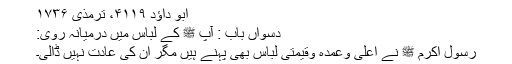
ابو داؤد ۴۱۱۹، ترمذی ۱۷۳۶
دسواں باب : آپ ﷺ کے لباس میں درمیانہ روی:
رسول اکرم ﷺ نے اعلیٰ وعمدہ وقیمتی لباس بھی پہنے ہیں مگر ان کی عادت نہیں ڈالی۔